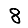
Digit: 8